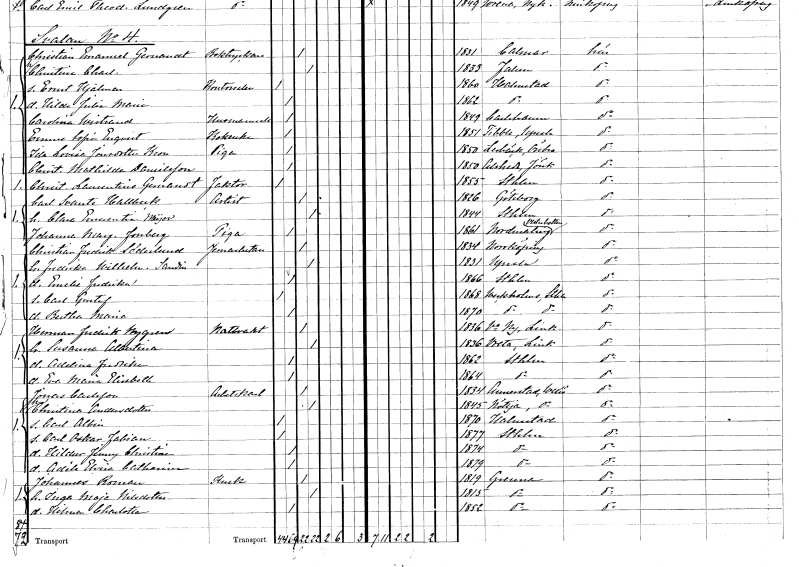
gt_parse: households: individuals: FN: Christian Laurentius
EN: Gernandt
YRKE: Faktor
KON: M
CIV: O
FODAR: 1855
FODFORS: Stockholm
FN: Carl Svante
EN: Hallbeck
YRKE: Artist
KON: M
CIV: G
FODAR: 1826
FODFORS: Göteborg Göteborgs- och Bohuslän
FN: Clara Emerentia
EN: Meijer
KON: K
CIV: G
FODAR: 1844
FODFORS: Stockholm
FN: Johanna Margareta
EN: Forsberg
YRKE: Piga
KON: K
CIV: O
FODAR: 1861
FODFORS: Nordmaling Västerbottens län
FN: Christian Fredrik
EN: Söderlund
YRKE: Järnarbetare
KON: M
CIV: G
FODAR: 1834
FODFORS: Norrköping Östergötlands län
FN: Fredrika Wilhelmina
EN: Sandin
KON: K
CIV: G
FODAR: 1831
FODFORS: Uppsala Uppsala län
FN: Emelie Fredrika
KON: K
CIV: O
FODAR: 1866
FODFORS: Stockholm
FN: Carl Gustaf
KON: M
CIV: O
FODAR: 1868
FODFORS: Veckholm Uppsala län
FN: Bertha Maria
KON: K
CIV: O
FODAR: 1870
FODFORS: Veckholm Uppsala län
FN: Herman Fredrik
EN: Nygren
YRKE: Nattvakt
KON: M
CIV: G
FODAR: 1836
FODFORS: Västra Ny Östergötlands län
FN: Susanna Albertina
KON: K
CIV: G
FODAR: 1836
FODFORS: Vreta kloster Östergötlands län
FN: Adelina Fredrika
KON: K
CIV: O
FODAR: 1862
FODFORS: Stockholm
FN: Eva Maria Elisabeth
KON: K
CIV: O
FODAR: 1864
FODFORS: Stockholm
FN: Jonas
EN: Carlsson
YRKE: Arbetskarl
KON: M
CIV: G
FODAR: 1834
FODFORS: Annerstad Kronobergs län
FN: Christina
EN: Andersdotter
KON: K
CIV: G
FODAR: 1845
FODFORS: Nöttja Kronobergs län
FN: Carl Albin
KON: M
CIV: O
FODAR: 1870
FODFORS: Halmstad Hallands län
FN: Carl Oskar Fabian
KON: M
CIV: O
FODAR: 1877
FODFORS: Stockholm
FN: Hildur Jenny Christina
KON: K
CIV: O
FODAR: 1874
FODFORS: Stockholm
FN: Adèle Elvira Catharina
KON: K
CIV: O
FODAR: 1879
FODFORS: Stockholm
FN: Johannes
EN: Roman
YRKE: Kusk
KON: M
CIV: G
FODAR: 1819
FODFORS: Gränna Jönköpings län
FN: Inga Maja
EN: Nilsdotter
KON: K
CIV: G
FODAR: 1815
FODFORS: Gränna Jönköpings län
FN: Hilma Charlotta
KON: K
CIV: O
FODAR: 1852
FODFORS: Gränna Jönköpings län